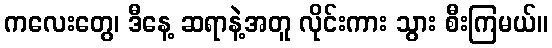
ကလေးတွေ၊ ဒီနေ့ ဆရာနဲ့အတူ လိုင်းကား သွား စီးကြမယ်။